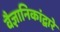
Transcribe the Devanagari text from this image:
वैज्ञानिकांद्वारे